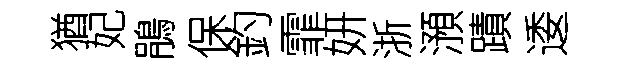
猶妃鵑保釣霏妍浙澦蹟逶